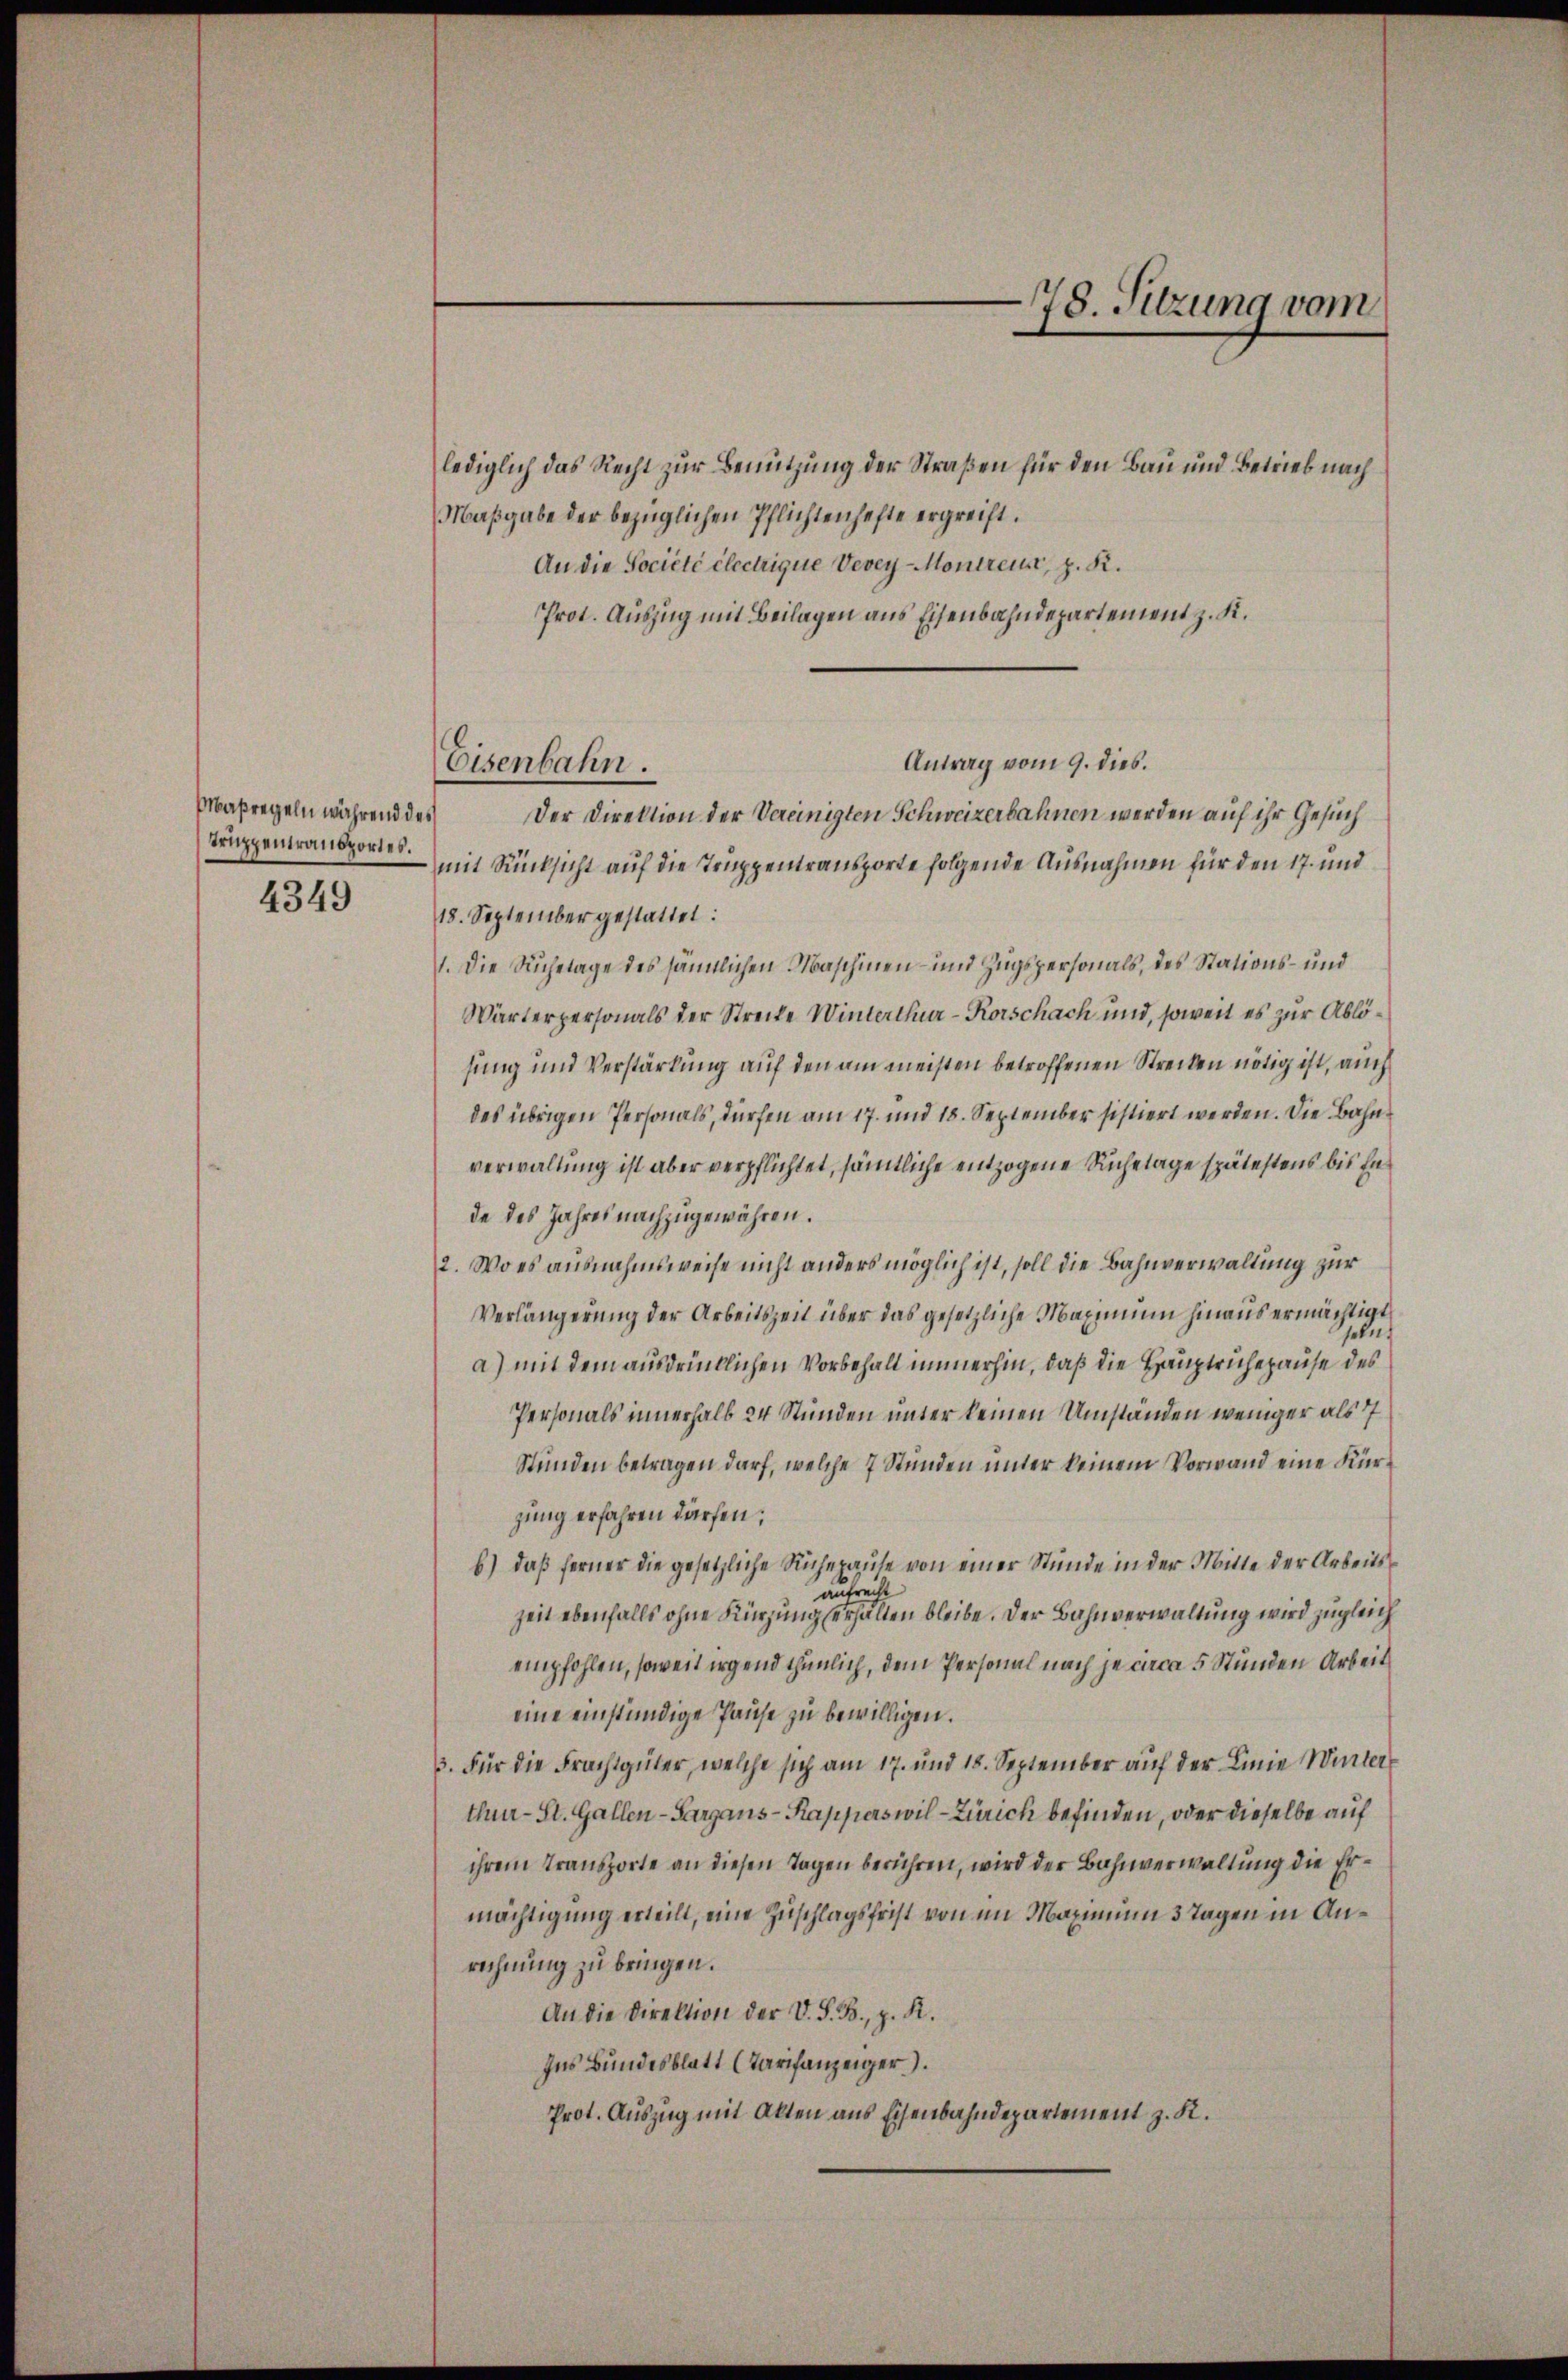
Maßregeln während des
Truppentransportes.

4349

Eisenbahn.

78. Sitzung vom

lediglich das Recht zur Benutzung der Straßen für den Bau und Betrieb nach
Maßgabe der bezüglichen Pflichtenhefte ergreift.
An die Société électrique Vevey-Montreut, z. R.
Prot. Auszug mit Beilagen aus Eisenbahndepartement z. K.
Antrag vom 9. dies.
Der Direktion der Vereinigten Schweizerbahnen werden auf ihr Gesuch
mit Rücksicht auf die Truppentransporte folgende Ausnahmen für den 17. und
18. September gestattet:
1. Die Ruchelage des sämtlichen Maschinen- und Zugspersonals, des Stations- und
Wärterpersonals der Streite Winterthur–Korschach und, soweit es zur Ablöhung und Verstärkung auf den am meisten betroffenen Strecken nötig ist, auch
des übrigen Personals, dürfen am 17. und 18. September sistiert werden. Die Bahn
verwaltung ist aber verpflichtet, sämtliche entzogene Ruhetage spätestens bis En
de des Jahres nachzugewähren.
2. Wo es ausnahmsweise nicht anders möglich ist, soll die Bahnverwaltung zur
Verlängerung der Arbeitszeit über das gesetzliche Maximum hinaus ermächtigt
peln.
a) mit dem ausdrücklichen Vorbehalt immerhin, daß die Hauptruhepause des
Personals innerhalb 24 Stunden unter keinen Umständen weniger als 77
Stunden betragen darf, welche 7 Stunden unter keinem Vorwand eine Kürzung erfahren dürfen;
b.) daß ferner die gesetzliche Ruhepause von einer Stunde in der Mitte der Arbeitsaufrecht
Zeit ebenfalls ohne Kürzung erhalten bleibe. Der Bahnverwaltung wird zugleich
empfohlen, soweit irgend thunlich, dem Personal nach je circa 5 Stunden Arbeit
eine einständige Pause zu bewilligen.
3. Für die Frachtgüter, welche sich am 17. und 18. September auf der Linie Winter
thur-St. Gallen-Sargans-Kapperswil-Zürich befinden, oder dieselbe auf
ihrem Transporte an diesen Tagen berühren, wird der Bahnverwaltung die Ermächtigung erteilt, eine Zuschlagsfrist von im Maximum 3 Tagen in Anrechnung zu bringen.
An die Direktion der V. S. B., z. R.
Ius Bundesblatt (Tarifanzeiger).
Prot. Auszug mit Alten aus Eisenbahndepartement z. K.